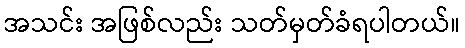
အသင်း အဖြစ်လည်း သတ်မှတ်ခံရပါတယ်။